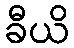
ခီယိ